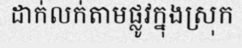
ដាក់លក់តាមផ្លូវក្នុងស្រុក